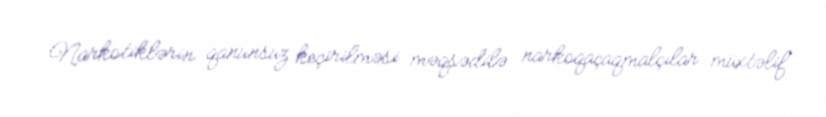
Narkotiklərin qanunsuz keçirilməsi məqsədilə narkoqaçaqmalçılar müxtəlif